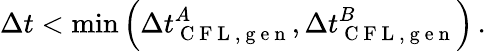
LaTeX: \Delta t<\operatorname*{min}\left(\Delta t_{\mathrm{~C~F~L~,~g~e~n~}}^{A},\Delta t_{\mathrm{~C~F~L~,~g~e~n~}}^{B}\right)\, .